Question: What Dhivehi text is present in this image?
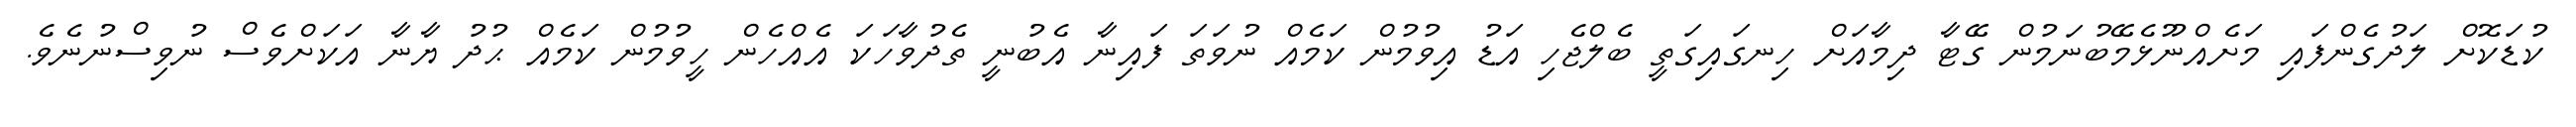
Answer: ކުޑަކޮށް ލަދުގެންފައި މަށެއްނޫޅެމޭބުނަމުން ގޭޓާ ދިމާއަށް ހިނގައިގަތީ ބެލްޖެހި އަޑު އިވުމުން ކަމެއް ނުވަތަ ފައިނާ އެބުނީ ތެދުވާހަކަ އެއްހެން ހީވުމުން ކަމެއް ޙުދު ޔާނާ އަކަށްވެސް ނުވިސްނުނެވެ.